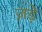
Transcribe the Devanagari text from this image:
ज़ड़े